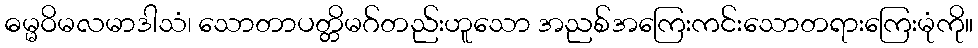
ဓမ္မဝိမလမာဒါသံ၊ သောတာပတ္တိမဂ်တည်းဟူသော အညစ်အကြေးကင်းသောတရားကြေးမုံကို။